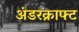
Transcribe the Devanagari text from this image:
अंडरक्राफ्ट